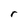
Character: r